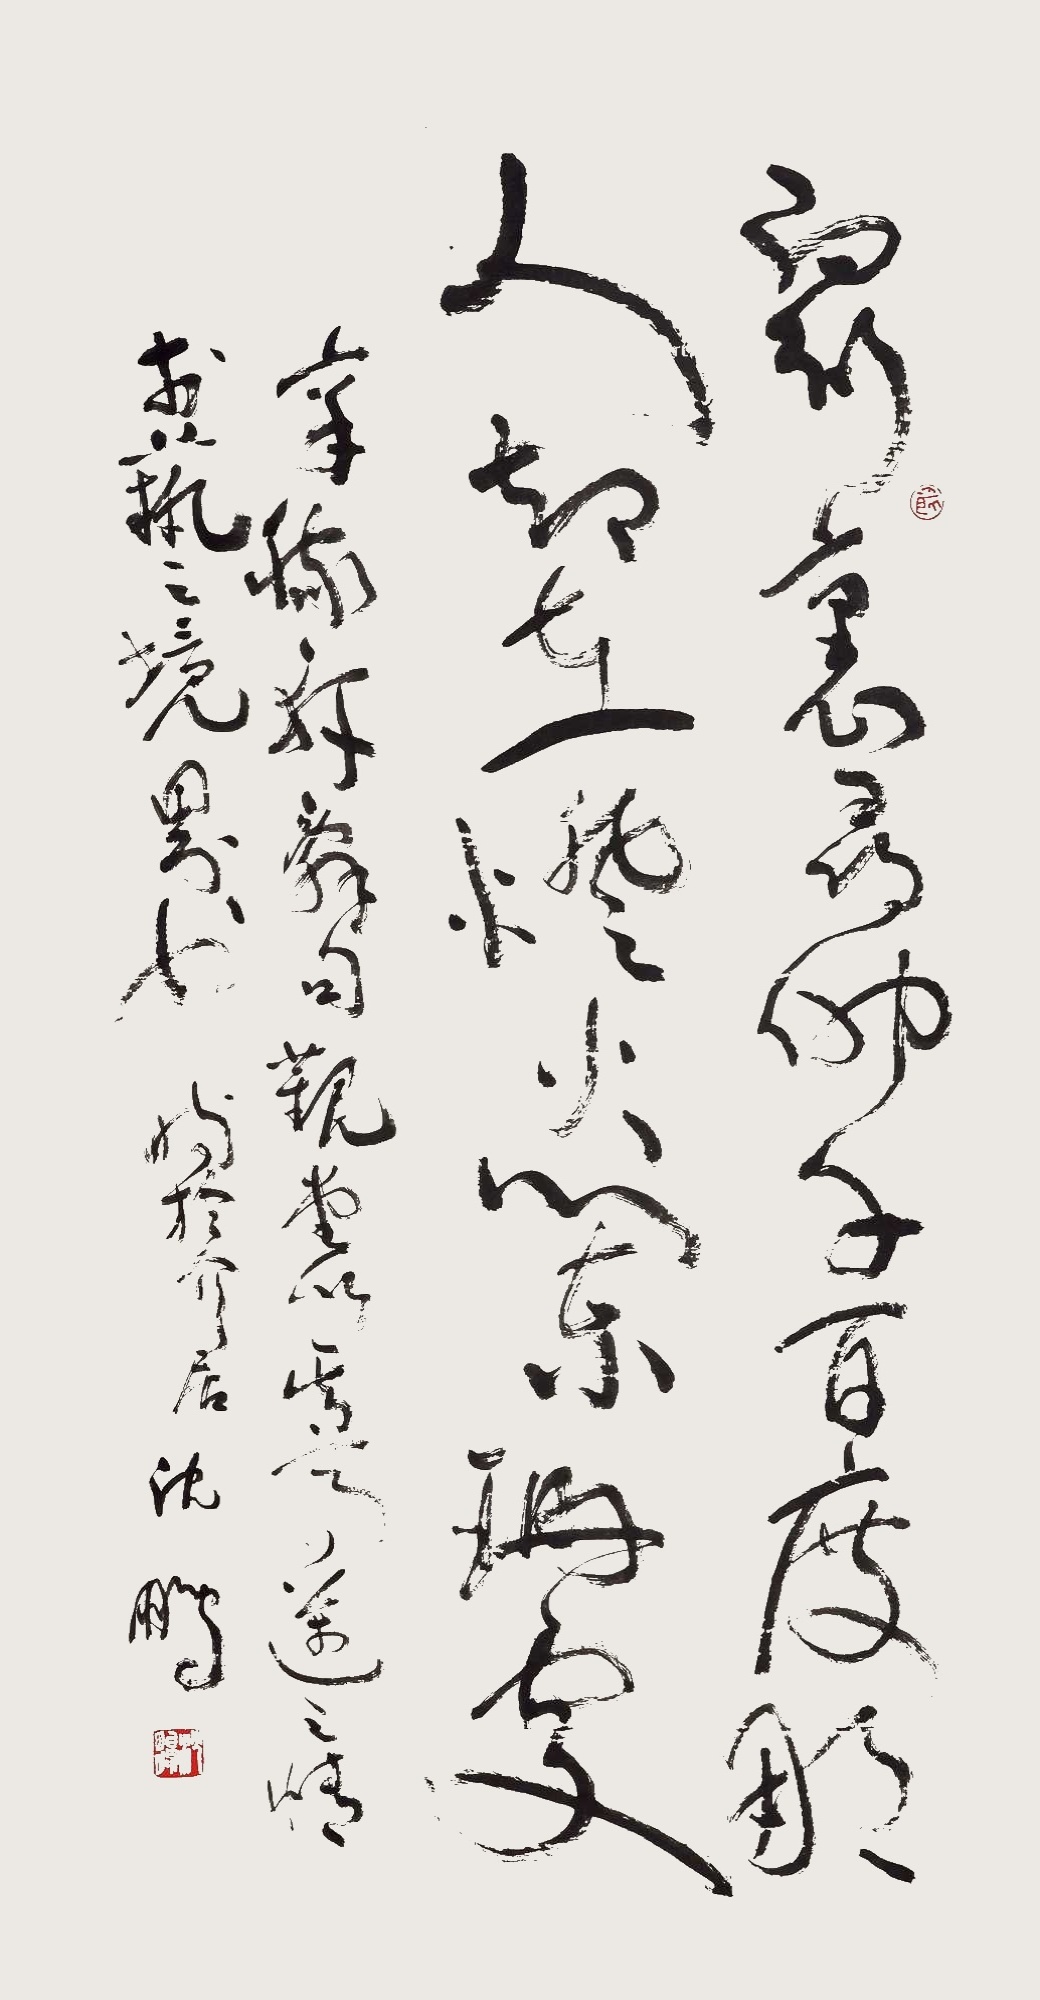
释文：众里寻她千百度，那人却在灯火阑珊处。辛稼轩辞句观堂以其高迈之情，于艺之境界也。时于介居，沈鹏。